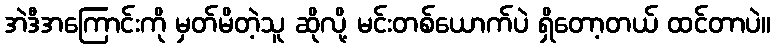
အဲဒီအကြောင်းကို မှတ်မိတဲ့သူ ဆိုလို့ မင်းတစ်ယောက်ပဲ ရှိတော့တယ် ထင်တာပဲ။